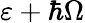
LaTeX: \varepsilon+\hbar\Omega